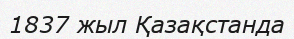
1837 жыл Қазақстанда